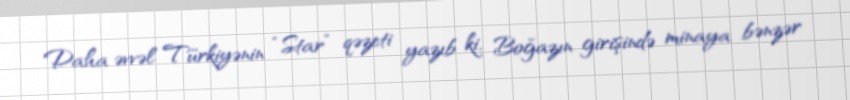
Daha əvvəl Türkiyənin “Star” qəzeti yazıb ki, Boğazın girişində minaya bənzər